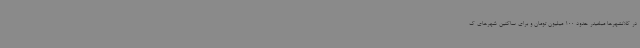
در کلانشهرها مبلغیدر حدود 100 میلیون تومان و برای ساکنین شهرهای ک